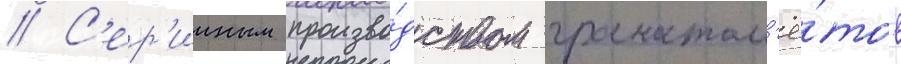
// С'ер'ииным произво́дством гранатом'ё́тов